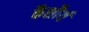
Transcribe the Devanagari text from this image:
कैशौर्य